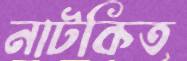
নাটকিত